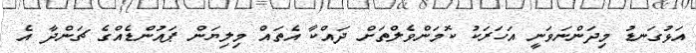
އަޅުގަނޑު މިދަންނަވަނީ އަހަރަކު ކޮމަންވެލްތަށް ދައްކާ އެތައް މިލިޔަން ޕައުންޑެއްގެ ޗަންދާ އެ